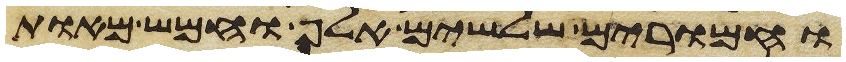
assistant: וחמרים שלשים אלף וחמש מאות